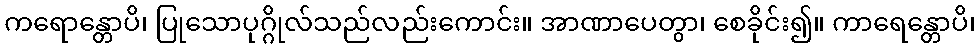
ကရောန္တောပိ၊ ပြုသောပုဂ္ဂိုလ်သည်လည်းကောင်း။ အာဏာပေတွာ၊ စေခိုင်း၍။ ကာရေန္တောပိ၊